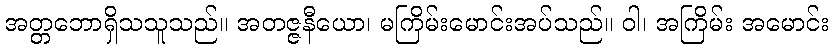
အတ္တဘောရှိသသူသည်။ အတဇ္ဇနီယော၊ မကြိမ်းမောင်းအပ်သည်။ ဝါ၊ အကြိမ်း အမောင်း